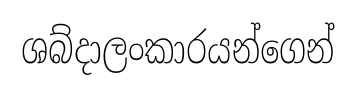
ශබ්දාලංකාරයන්ගෙන්